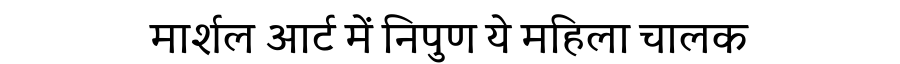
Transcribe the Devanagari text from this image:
मार्शल आर्ट में निपुण ये महिला चालक